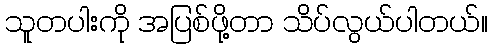
သူတပါးကို အပြစ်ဖို့တာ သိပ်လွယ်ပါတယ်။